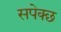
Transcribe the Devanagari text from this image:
सपेक्छ